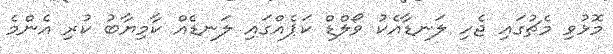
މޮޅުވި މެޗުގައި ޖެހި ލަނޑާއެކު ވޯލްޑް ކަޕެއްގައި ލަނޑެއް ކާމިޔާބު ކުރި އެންމެ